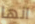
انها